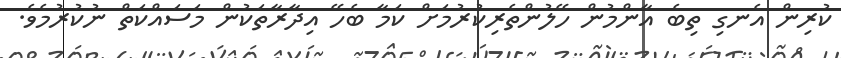
ކުރިން އެނގި ތިބެ އާންމުން ހޭލުންތެރިކުރުމަށް ކަމާ ބެހޭ އިދާރާތަކުން މަސައްކަތް ނުކުރުމެވެ.